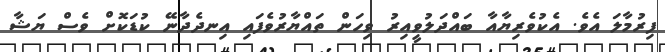
ފިރުމާލަ އެވެ. އެކުވެރިޔާއާ ބައްދަލުވީއިރު ވިހަން ތައްޔާރުވެފައި އިނދެދާނޭ ކުޑަކޮށް ވެސް ޔަޝާ